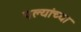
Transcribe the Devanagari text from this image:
पल्यांच्या